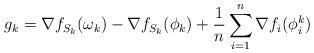
LaTeX: \begin{align*}g_k=\nabla f_{S_k}(\omega_k)-\nabla f_{S_k}(\phi_k)+\frac{1}{n}\sum_{i=1}^{n}\nabla f_i(\phi_i^k)\end{align*}